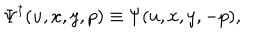
LaTeX: { \mit \Psi } ^ { \dagger } ( u , x , y , p ) \equiv { \mit \Psi } ( u , x , y , - p ) ,